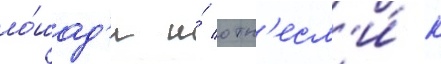
ло́шад'и и́ отн'есл'и́ к